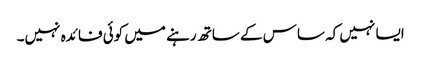
ایسا نہیں کہ ساس کے ساتھ رہنے میں کوئی فائدہ نہیں۔